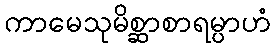
ကာမေသုမိစ္ဆာစာရမ္ပာဟံ